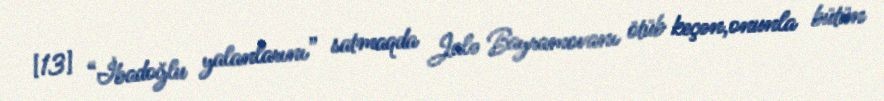
[13] “İbadoğlu yalanlarını” satmaqda Jalə Bayramovanı ötüb keçən,onunla bütün